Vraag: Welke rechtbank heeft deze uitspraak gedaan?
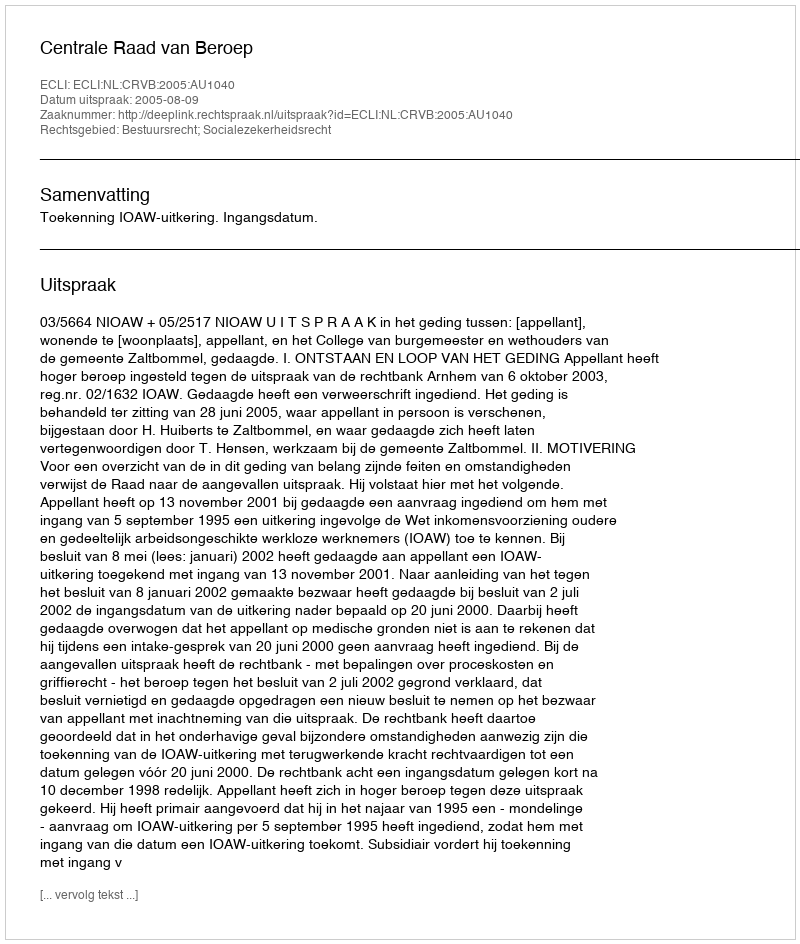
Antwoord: Centrale Raad van Beroep